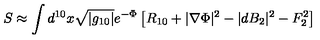
S \approx \int d ^ { 1 0 } x \sqrt { | g _ { 1 0 } | } e ^ { - \Phi } \left[ R _ { 1 0 } + | \nabla \Phi | ^ { 2 } - | d B _ { 2 } | ^ { 2 } - F _ { 2 } ^ { 2 } \right]